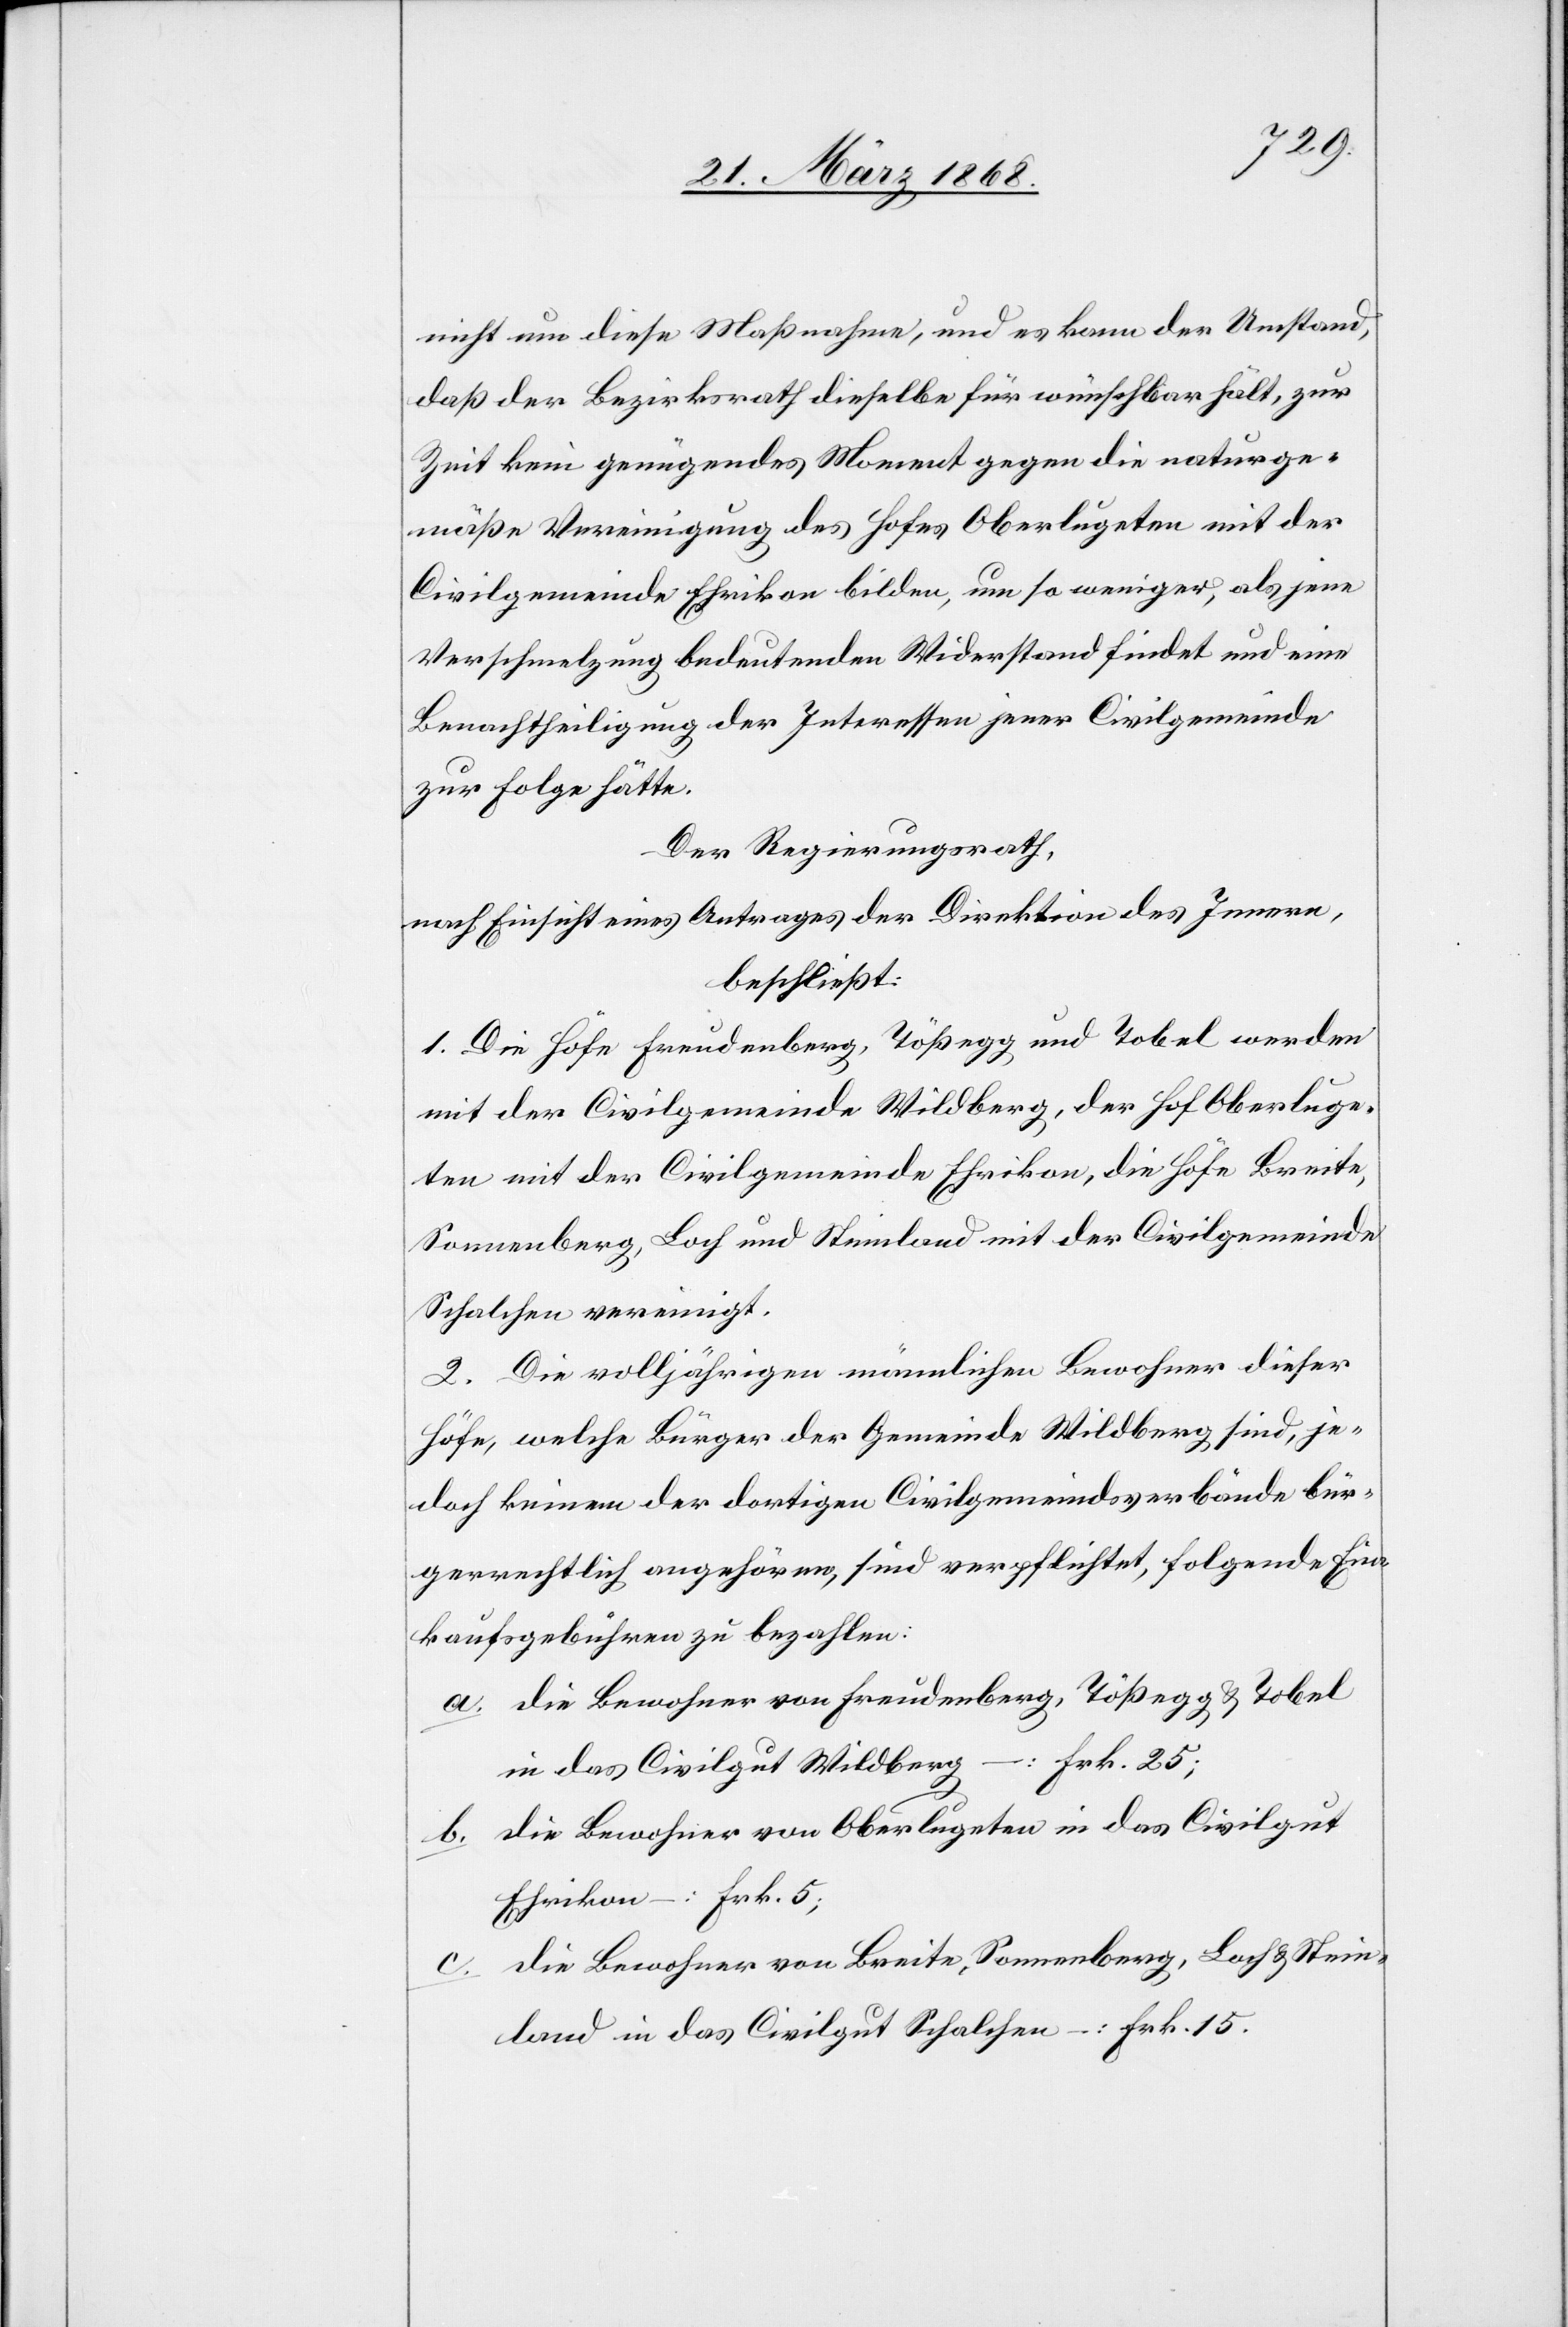
nicht um diese Maßnahme, und es kann der Umstand,
daß der Bezirksrath dieselbe für wünschbar hält, zur
Zeit kein genügendes Moment gegen die naturge¬
mäße Vereinigung des Hofes Oberlugeten mit der
Civilgemeinde Ehrikon bilden, um so weniger, als jene
Verschmelzung bedeutenden Widerstand findet und eine
Benachtheiligung der Interessen jener Civilgemeinde
zur Folge hätte.
Der Regierungsrath,
nach Einsicht eines Antrages der Direktion des Innern,
beschließt:
1. Die Höfe Freudenberg, Tößegg und Tobel werden
mit der Civilgemeinde Wildberg, der Hof Oberluge¬
ten mit der Civilgemeinde Ehrikon, die Höfe Breite,
Sonnenberg, Loch und Steinland mit der Civilgemeinde
Schalchen vereinigt.
2. Die volljährigen männlichen Bewohner dieser
Höfe, welche Bürger der Gemeinde Wildberg sind, je¬
doch keinem der dortigen Civilgemeindsverbände bür¬
gerrechtlich angehören, sind verpflichtet, folgende Ein¬
kaufsgebühren zu bezahlen:
die Bewohner von Freudenberg, Tößegg & Tobel
in das Civilgut Wildberg – : Frk. 25;
die Bewohner von Oberlugeten in das Civilgut
Ehrikon – : Frk. 5;
die Bewohner von Breite, Sonnenberg, Loch & Stein¬
land in das Civilgut Schalchen – : Frk. 15.